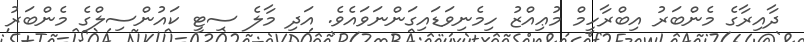
ދާއިރާގެ މެންބަރު އިބްރާހީމް މުޢިއްޒު ހިމެނިވަޑައިގަންނަވައެވެ. އަދި މާލެ ސިޓީ ކައުންސިލްގެ މެންބަރު